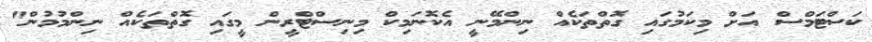
ކަސްޓަމްސް އަށް މިކަމުގައި ގޮތްތަކެއް ނިންމޭނީ އެކޮނަމިކް މިނިސްޓްރީން މީގައި ގޮތްތަކެއް ނިންމުމުން"